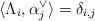
LaTeX: \begin{align*} \langle \Lambda_i , \alpha^\vee_j \rangle = \delta_{i,j} \end{align*}